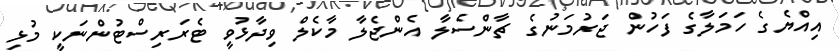
އިއްޔެގެ ހަމަލާގެ ފަހުން ޖަރުމަނުގެ ޗާންސެލާ އެންޖެލާ މާކެލް ވިދާޅުވީ ޓެރަރިސްޓުންނަކީ މުޅި